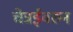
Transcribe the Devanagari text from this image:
चेन्नईवरुन